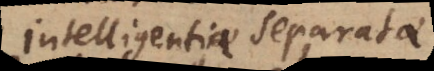
Intelligentiae separatae.